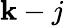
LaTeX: \mathbf{k}-j